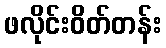
ဖလိုင်းဝိတ်တန်း